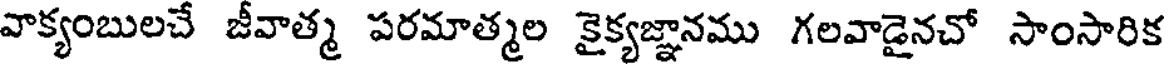
వాక్యంబులచే జీవాత్మ పరమాత్మల కైక్యజ్ఞానము గలవాడైనచో సాంసారిక